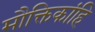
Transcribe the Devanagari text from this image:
मौक्तिकांहि